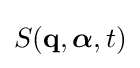
S(\mathbf {q} ,{\boldsymbol {\alpha }},t)